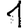
Digit: 1